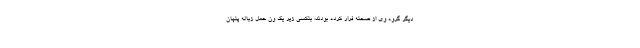
دیگر گروه وی از صحنه فرار کرده بودند، بنکسی زیر یک ون حمل زباله‌ پنهان